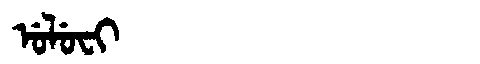
Manchu: ᡠᠯᡠᠸᡳ
Romanization: ULUFI